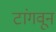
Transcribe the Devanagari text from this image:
टांगवून